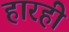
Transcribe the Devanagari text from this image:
हारही